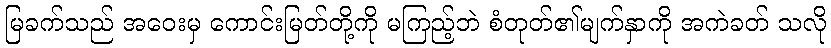
မြခက်သည် အဝေးမှ ကောင်းမြတ်တို့ကို မကြည့်ဘဲ စံတုတ်၏မျက်နှာကို အကဲခတ် သလို